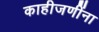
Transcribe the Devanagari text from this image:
काहीजणींना